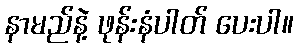
နာမည်နဲ့ ဖုန်းနံပါတ် ပေးပါ။